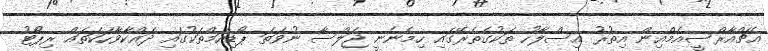
އެޗްއާރްސީއެމްއިން އިތުރު އިސްލާހު ތަކުގެތެރޭގައި ހިމެނެނީ ޖަލްސާ ނުވަތަ ޕޯޑިއަމްތަކުގައި ދައްކާވާހަކަތައް ރިޕޯޓު